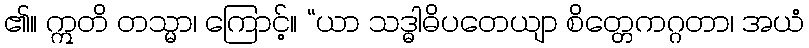
၏။ ဣတိ တသ္မာ၊ ကြောင့်။ “ယာ သဒ္ဓါဓိပတေယျာ စိတ္တေကဂ္ဂတာ၊ အယံ